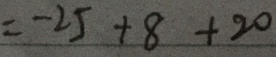
= - 2 5 + 8 + 2 0